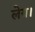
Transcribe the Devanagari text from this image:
लेय।